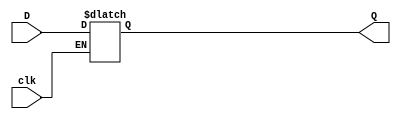
module gated_d_latch(clk, D, Q);

input clk, D;
output reg Q;

always @ (D, clk)
	if (clk)
		Q = D;

endmodule